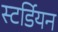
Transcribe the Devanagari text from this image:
स्टर्डियन